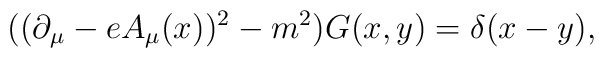
((\partial_\mu - e A_\mu(x) )^2 -m^2 ) G(x,y) = \delta(x-y),